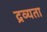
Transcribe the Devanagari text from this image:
द्रव्यता